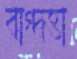
বাগ্দত্তা